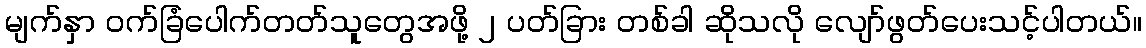
မျက်နှာ ဝက်ခြံပေါက်တတ်သူတွေအဖို့ ၂ ပတ်ခြား တစ်ခါ ဆိုသလို လျော်ဖွတ်ပေးသင့်ပါတယ်။